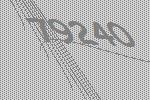
79240